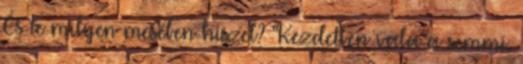
És te milyen mesében hiszel? "Kezdetben vala a semmi.